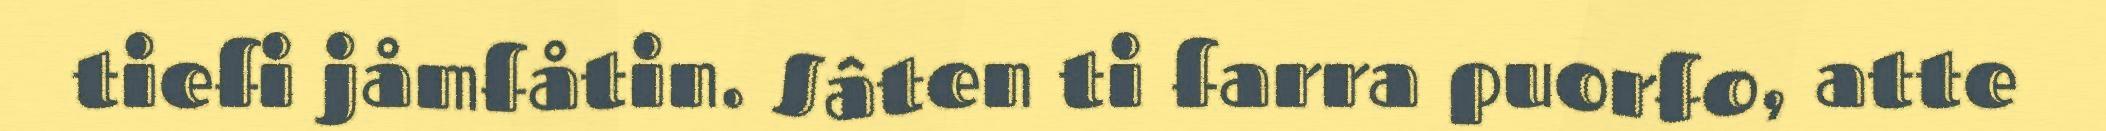
tiefi jåmfåtin. Sâten ti farra puorfo, atte